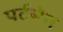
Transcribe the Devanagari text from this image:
पर्टसेम